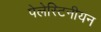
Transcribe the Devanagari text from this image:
पेलेस्टिनीयन